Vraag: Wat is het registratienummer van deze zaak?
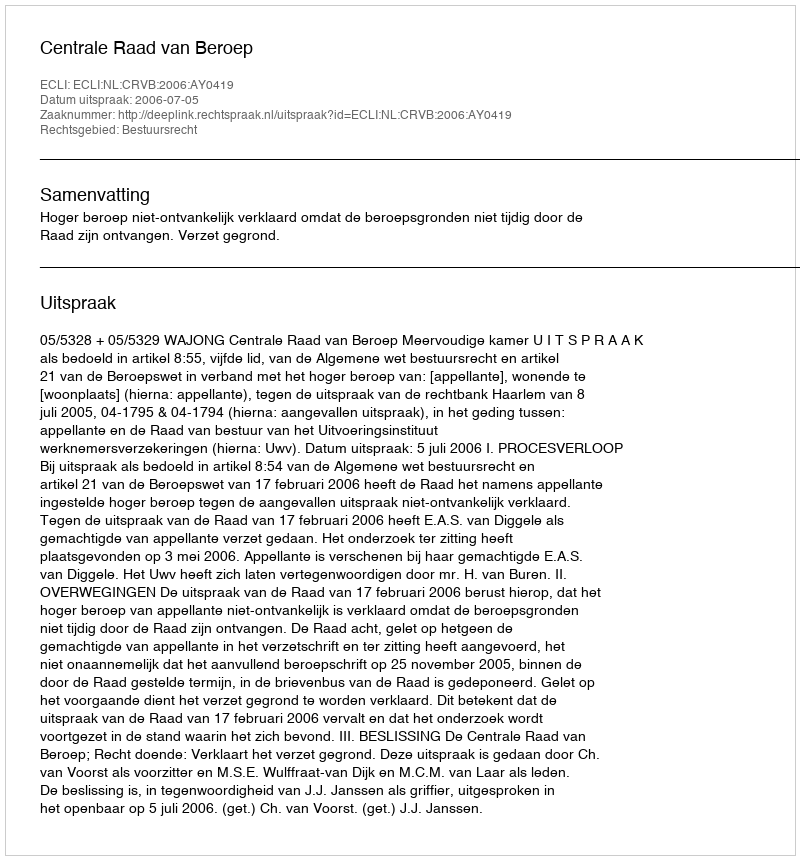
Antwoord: http://deeplink.rechtspraak.nl/uitspraak?id=ECLI:NL:CRVB:2006:AY0419